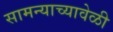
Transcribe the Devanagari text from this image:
सामन्याच्यावेळी